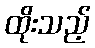
ထိုးသည့်